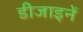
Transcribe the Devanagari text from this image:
डीजाइनें